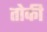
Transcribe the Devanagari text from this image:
तोकी